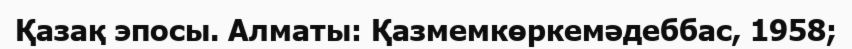
Қазақ эпосы. Алматы: Қазмемкөркемәдеббас, 1958;